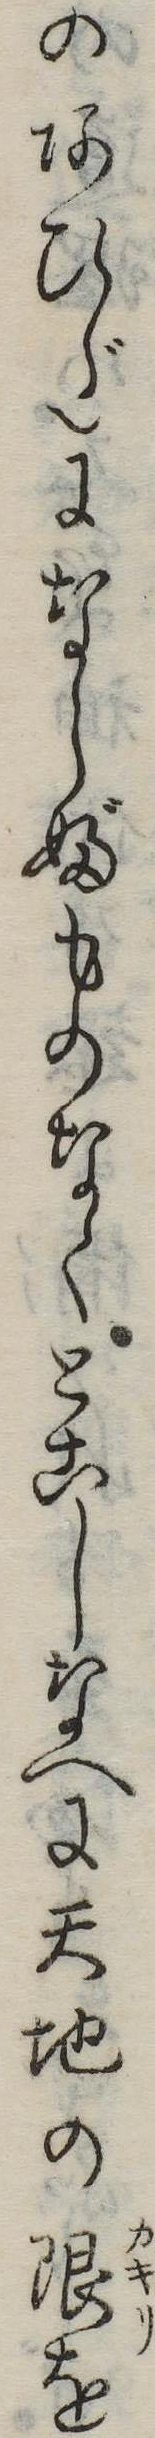
のあひだにならぶものなくとこしなへに天地の限を